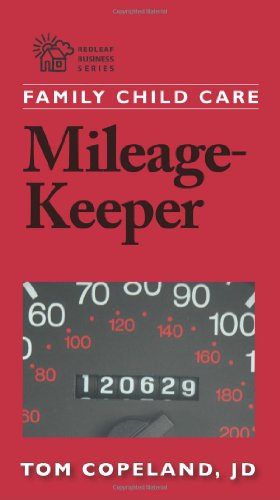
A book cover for Family Child Care Mileage-Keeper; Tom Copeland  JD; Business & Money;